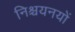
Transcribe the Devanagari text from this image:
निश्चयनयों